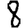
Digit: 8